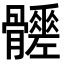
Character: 𩪳